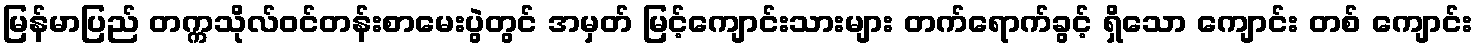
မြန်မာပြည် တက္ကသိုလ်ဝင်တန်းစာမေးပွဲတွင် အမှတ် မြင့်ကျောင်းသားများ တက်ရောက်ခွင့် ရှိသော ကျောင်း တစ် ကျောင်း